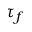
\tau _ { f }